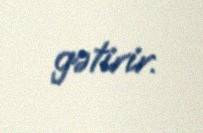
gətirir.